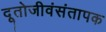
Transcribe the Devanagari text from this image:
दूतोजीवंसंतापक